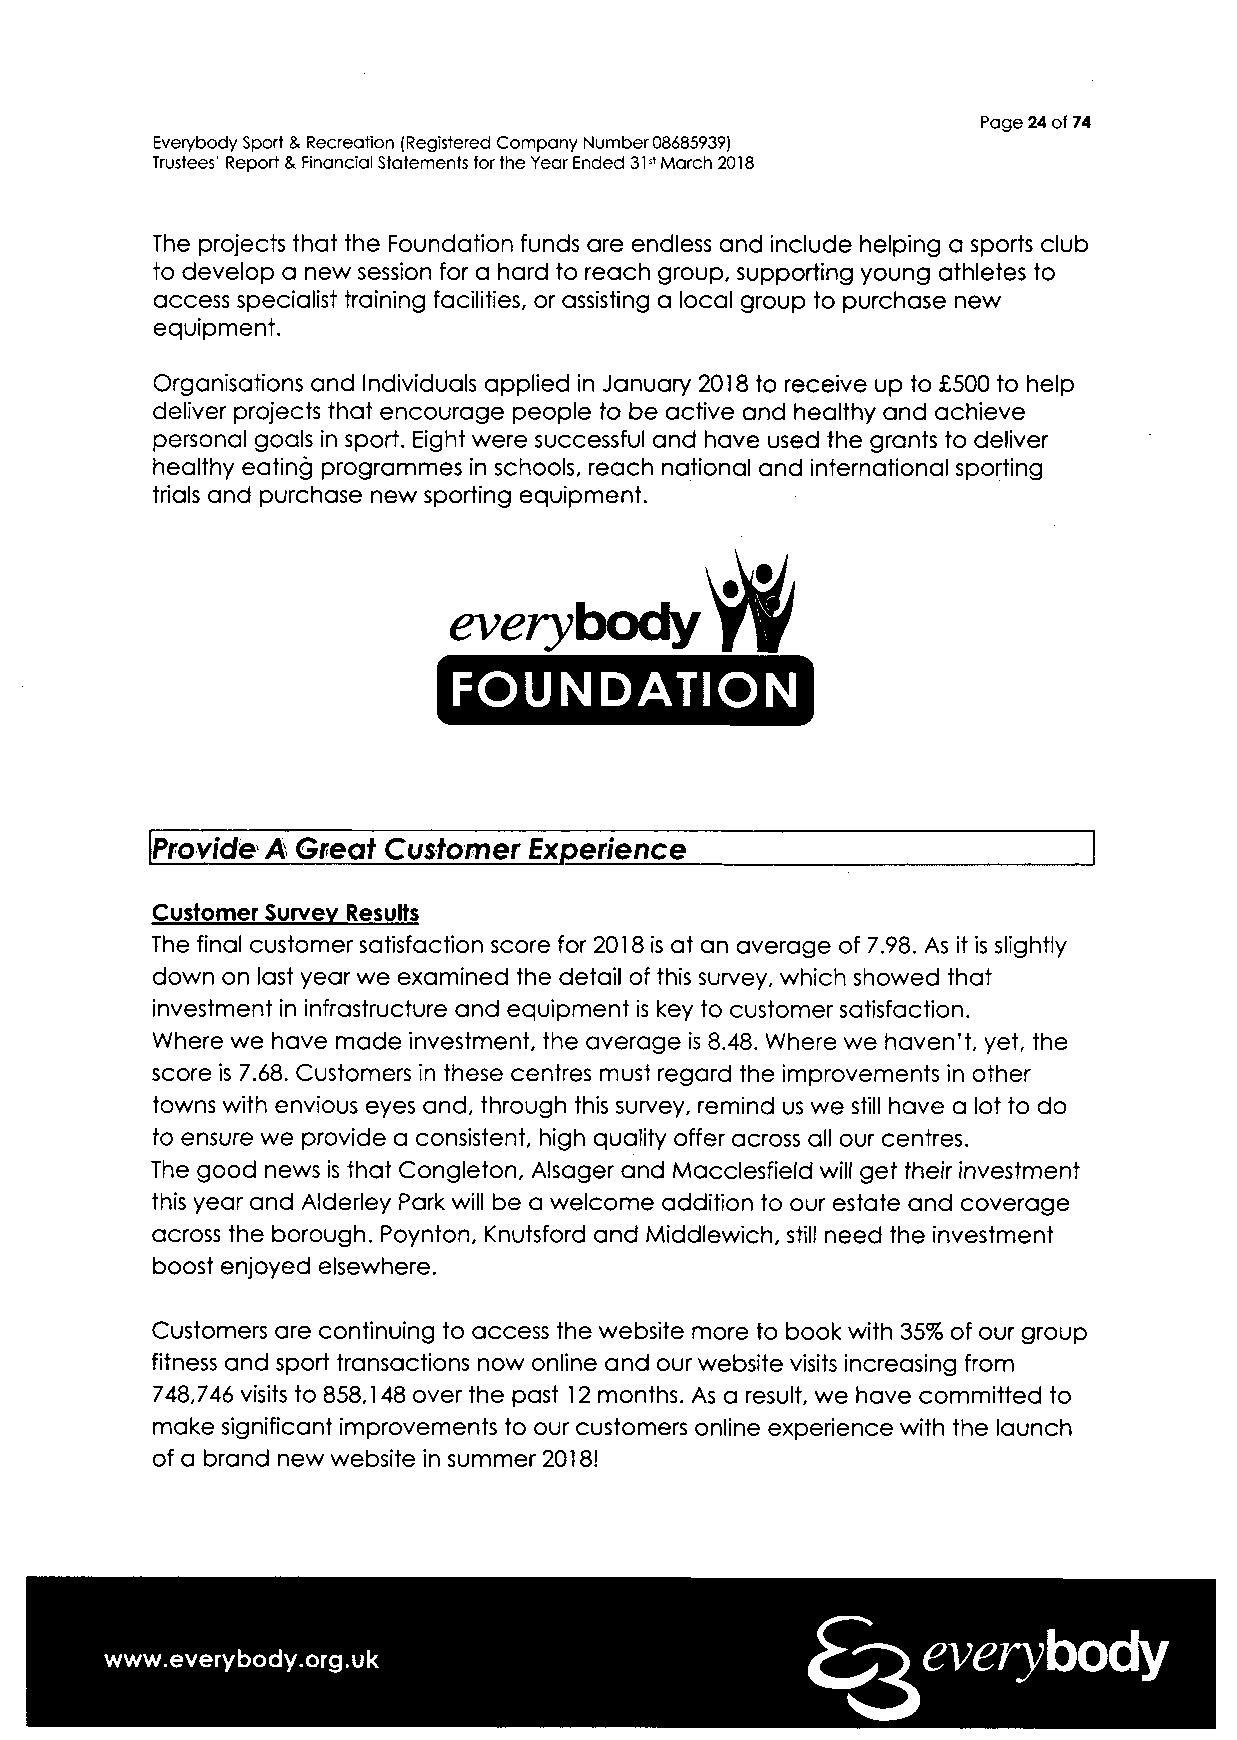
Page 24 of 74
 Everybody Sport 8. Recreation (Registered Company Number 08685939)
 Trustees' Report 8< Financial Statements for the Year Ended 315t March 2018
 The projects that the Foundation funds are endless and include helping a sports club
 to develop a new session for a hard to reach group, supporting young athletes to
 access specialist training facilities, or assisting a local group to purchase new
 equipment.
 Organisations and Individuals applied in January 2018 to receive up to £500 to help
 deliver projects that encourage people to be active and healthy and achieve
 personal goals in sport. Eight were successful and have used the grants to deliver
 healthy eating programmes in schools, reach national and international sporting
 trials and purchase new sporting equipment.
 everybody
 FOUNDATION
 Provide A Great Customer Experience
 Customer Survey Results
 The final customer satisfaction score for 2018 is at an average of 7.98. As it is slightly
 down on last year we examined the detail of this survey, which showed that
 investment in infrastructure and equipment is key to customer satisfaction.
 Where we have made investment, the average is 8.48. Where we haven't, yet, the
 score is 7.68. Customers in these centres must regard the improvements in other
 towns with envious eyes and, through this survey, remind us we still have a lot to do
 to ensure we provide a consistent, high quality offer across all our centres.
 The good news is that Congleton, Alsager and Macclesfield will get their investment
 this year and Alderley Park will be a welcome addition to our estate and coverage
 across the borough. Poynton, Knutsford and Middlewich, still need the investment
 boost enjoyed elsewhere.
 Customers are continuing to access the website more to book with 35% of our group
 fitness and sport transactions now online and our website visits increasing from
 748,746 visits to 858,148 over the past 12 months. As a result, we have committed to
 make significant improvements to our customers online experience with the launch
 of a brand new website in summer 2018!
 everybody
 www.everybody.org.uk